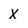
Character: x